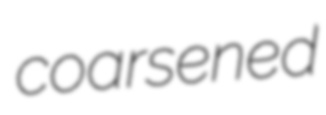
coarsened